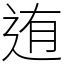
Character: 迶